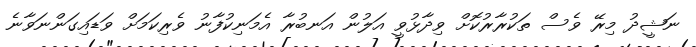
ނަޝީދު މިރޭ ވެސް ތަކުރާރުކޮށް ވިދާޅުވީ އަލުން އަނބުރާ އެމަނިކުފާނު ވެރިކަމަށް ވަޑައިގަންނަވާނެ